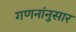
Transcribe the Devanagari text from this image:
गणनांनुसार